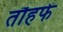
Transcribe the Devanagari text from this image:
तौहफे